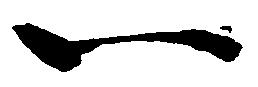
一